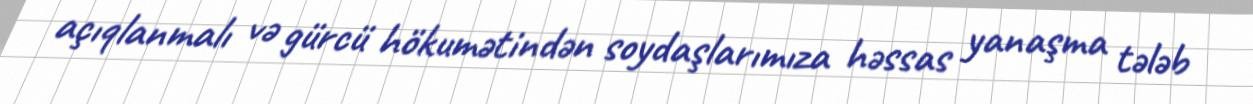
açıqlanmalı və gürcü hökumətindən soydaşlarımıza həssas yanaşma tələb